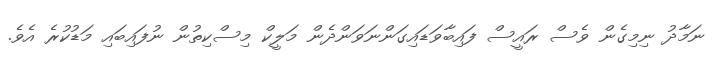
ނަމާދު ނިމިގެން ވެސް ރައީސް ފައިބާވަޑައިގަންނަވަންދެން މަލީކް މިސްކިތުން ނުފައިބައި މަޑުކުރެ އެވެ.